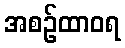
အစဉ်ထာဝရ